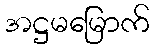
အဋ္ဌမမြောက်